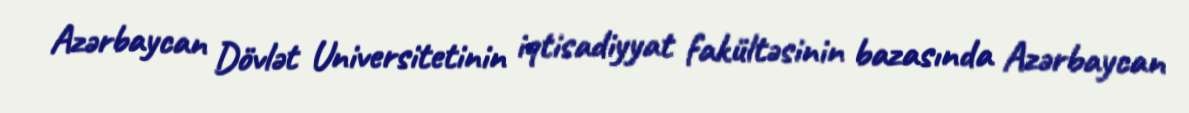
Azərbaycan Dövlət Universitetinin iqtisadiyyat fakültəsinin bazasında Azərbaycan